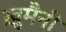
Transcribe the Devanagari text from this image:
खु़मैनी